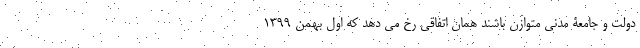
دولت و جامعۀ مدنی متوازن باشند همان اتفاقی رخ می دهد که اول بهمن 1399